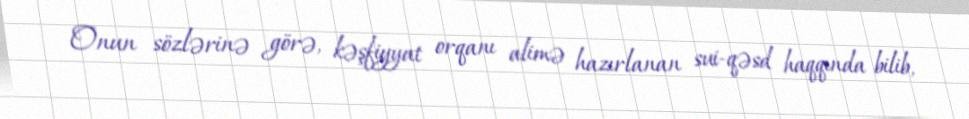
Onun sözlərinə görə, kəşfiyyat orqanı alimə hazırlanan sui-qəsd haqqında bilib,